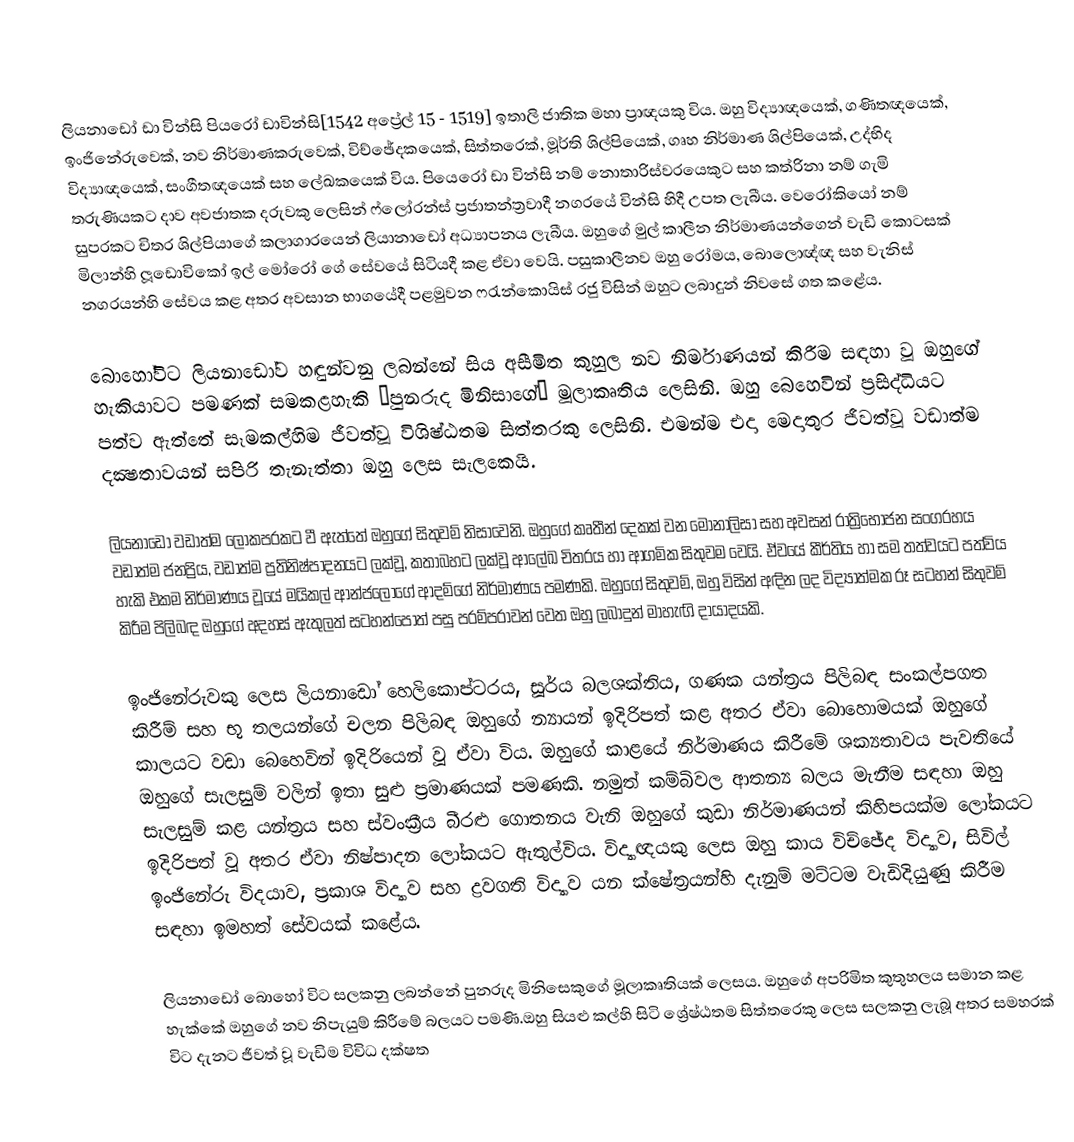
ලියනාඩෝ ඩා වින්සි පියරෝ ඩාවින්සි[1542 අප්‍රේල් 15 - 1519]  ඉතාලි ජාතික මහා ප්‍රාඥයකු විය. ඔහු විද්‍යාඥයෙක්, ගණිතඥයෙක්, ඉංජිනේරුවෙක්, නව නිර්මාණකරුවෙක්, විච්ඡේදකයෙක්, සිත්තරෙක්, මූර්ති ශිල්පියෙක්, ගෘහ නිර්මාණ ශිල්පියෙක්, උද්භිද විද්‍යාඥයෙක්, සංගීතඥයෙක් සහ ලේඛකයෙක් විය. පියෙරෝ ඩා වින්සි නම් නොතාරිස්වරයෙකුට සහ කත්රිනා නම් ගැමි තරුණියකට දාව අවජාතක දරුවකු ලෙසින් ෆ්ලෝරන්ස් ප්‍රජාතන්ත්‍රවාදී නගරයේ වින්සි හිදී උපත ලැබීය. වෙරෝකියෝ නම් සුප‍්‍රකට චිත‍්‍ර ශිල්පියාගේ කලාගාරයෙන් ලියානාඩෝ අධ්‍යාපනය ලැබීය. ඔහුගේ මුල් කාලීන නිර්මාණයන්ගෙන් වැඩි කොටසක් මිලාන්හි ලූඩොවිකෝ ඉල් මෝරෝ ගේ සේවයේ සිටියදී කළ ඒවා වෙයි. පසුකාලීනව ඔහු රෝමය, බොලොඥ්ඥ සහ වැනිස් නගරයන්හි සේවය කළ අතර අවසාන භාගයේදී පළමුවන ෆ‍්‍රැන්කොයිස් රජු විසින් ඔහුට ලබාදුන් නිවසේ ගත කළේය.

බොහෝවිට ලියනාඩෝව හඳුන්වනු ලබන්නේ සිය අසීමිත කුහුල නව නිර්මාණයන් කිරීම සඳහා වූ ඔහුගේ හැකියාවට පමණක් සමකළහැකි ‘පුනරුද මිනිසාගේ’ මූලාකෘතිය ලෙසිනි. ඔහු බෙහෙවින් ප‍්‍රසිද්ධියට පත්ව ඇත්තේ සෑමකල්හිම ජීවත්වූ විශිෂ්ඨතම සිත්තරකු ලෙසිනි. එමන්ම එදා මෙදාතුර ජීවත්වූ වඩාත්ම දක්‍ෂතාවයන් සපිරි තැනැත්තා ඔහු ලෙස සැලකෙයි.

ලියනාඩෝ වඩාත්ම ලෝකප‍්‍රකට වී ඇත්තේ ඔහුගේ සිතුවම් නිසාවෙනි. ඔහුගේ කෘතීන් දෙකක් වන මොනාලිසා සහ අවසන් රාත්‍රිභෝජන සංග‍්‍රහය වඩාත්ම ජනප්‍රිය, වඩාත්ම ප්‍රතිනිෂ්පාදනයට ලක්වූ, කතාබහට ලක්වූ ආලේඛ චිත‍්‍රය හා ආගමික සිතුවම වෙයි. ඒවයේ කීර්තිය හා සම තත්වයට පත්විය හැකි එකම නිර්මාණය වූයේ මයිකල් ආන්ජලෝගේ ආදම්ගේ නිර්මාණය පමණකි. ඔහුගේ සිතුවම්, ඔහු විසින් අඳින ලද විද්‍යාත්මක රූ සටහන් සිතුවම් කිරීම පිලිබඳ ඔහුගේ අදහස් ඇතුලත් සටහන්පොත් පසු පරම්පරාවන් වෙත ඔහු ලබාදුන් මාහැඟි දායාදයකි.

ඉංජිනේරුවකු ලෙස ලියනාඩෝ හෙලිකොප්ටරය, සූර්ය බලශක්තිය, ගණක යන්ත්‍රය  පිලිබඳ සංකල්පගත කිරීම් සහ භූ තලයන්ගේ චලන පිලිබඳ ඔහුගේ න්‍යායන් ඉදිරිපත් කළ අතර ඒවා බොහොමයක් ඔහුගේ කාලයට වඩා බෙහෙවින් ඉදිරියෙන් වූ ඒවා විය. ඔහුගේ කාළයේ නිර්මාණය කිරීමේ ශක්‍යතාවය පැවතියේ ඔහුගේ සැලසුම් වලින් ඉතා සුළු ප‍්‍රමාණයක් පමණකි. නමුත් කම්බිවල ආතන්‍ය බලය මැනීම සඳහා ඔහු සැලසුම් කළ යන්ත‍්‍රය සහ  ස්වංක්‍රීය බීරළු ගොතනය වැනි ඔහුගේ කුඩා නිර්මාණයන් කිහිපයක්ම ලෝකයට ඉදිරිපත් වූ අතර ඒවා නිෂ්පාදන ලෝකයට ඇතුල්විය. විද්‍යාඥයකු ලෙස ඔහු කාය විච්ඡේද විද්‍යාව, සිවිල් ඉංජිනේරු විදයාව, ප්‍රකාශ විද්‍යාව සහ ද්‍රවගති විද්‍යාව යන ක්ෂේත‍්‍රයන්හි දැනුම් මට්ටම වැඩිදියුණු කිරීම සඳහා ඉමහත් සේවයක් කළේය.

ලියනාඩෝ බොහෝ විට සලකනු ලබන්නේ පුනරුද මිනිසෙකුගේ මූලාකෘතියක් ලෙසය. ඔහුගේ අපරිමිත කුතුහලය සමාන කළ හැක්කේ ඔහුගේ නව නිපැයුම් කිරීමේ බලයට පමණි.ඔහු සියළු කල්හි සිටි ශ්‍රේෂ්ඨතම සිත්තරෙකු ලෙස සලකනු ලැබූ අතර සමහරක් විට දැනට ජීවත් වූ වැඩිම විවිධ දක්ෂත